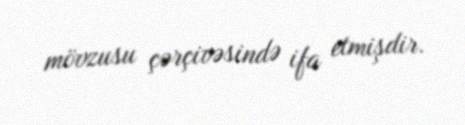
mövzusu çərçivəsində ifa etmişdir.